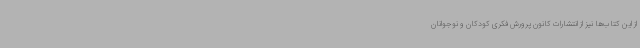
از این کتاب‌ها نیز از انتشارات کانون پرورش فکری کودکان و نوجوانان